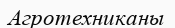
Агротехниканы